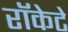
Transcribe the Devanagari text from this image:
रॉकेटे